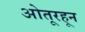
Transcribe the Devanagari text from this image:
ओतूरहून